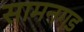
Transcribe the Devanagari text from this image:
सामनगड